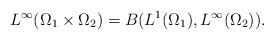
LaTeX: \begin{align*}L^{\infty}(\Omega_1\times \Omega_2) = B(L^1(\Omega_1), L^{\infty}(\Omega_2)).\end{align*}